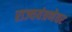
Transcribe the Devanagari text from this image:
राज्ययंत्रणेवर